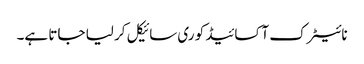
نائیٹرک آکسائیڈ کو ری سائیکل کر لیا جاتا ہے۔